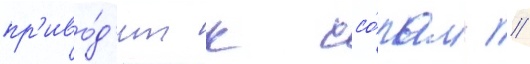
пр'иво́д'ит к ссо́рам //